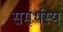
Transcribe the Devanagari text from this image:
समर्थस्य